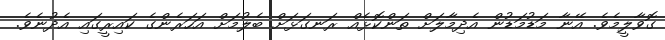
ގޮވާލީމެވެ. އޭނާ މަޑުމަޑުން އެދިމާލަށް ތަންކޮޅެއް ރަނގަޅަށް ބެލުމަށް އަހަރެންގެ ކައިރީގައި އެދުނެވެ.